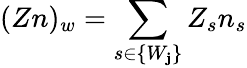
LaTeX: (Zn)_{w}=\sum_{s\in\{ W_{\mathbf{j}}\} }Z_{s}n_{s}